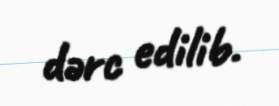
dərc edilib.